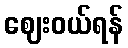
ဈေးဝယ်ရန်